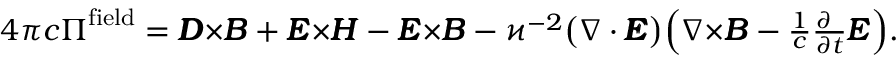
\textstyle 4 \pi c \boldsymbol { \Pi } ^ { \mathrm { \tiny { f i e l d } } } = \pmb { { \cal D } } { \boldsymbol \times } \pmb { { \cal B } } + \pmb { { \cal E } } { \boldsymbol \times } \pmb { { \cal H } } - \pmb { { \cal E } } { \boldsymbol \times } \pmb { { \cal B } } - \varkappa ^ { - 2 } \big ( \nabla \cdot \pmb { { \cal E } } \big ) \Big ( \nabla { \boldsymbol \times } \pmb { { \cal B } } - \frac { 1 } { c } \frac { \partial \phantom { t } } { \partial t } \pmb { { \cal E } } \Big ) .